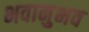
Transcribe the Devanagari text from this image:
भवानुभव